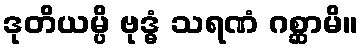
ဒုတိယမ္ပိ ဗုဒ္ဓံ သရဏံ ဂစ္ဆာမိ။